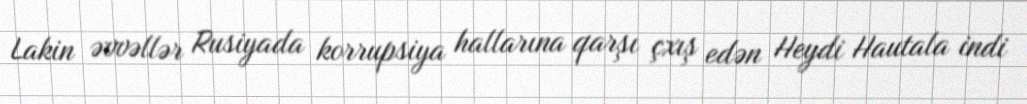
Lakin əvvəllər Rusiyada korrupsiya hallarına qarşı çxış edən Heydi Hautala indi